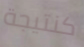
كنتيجة